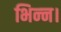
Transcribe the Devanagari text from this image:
भिन्‍न।